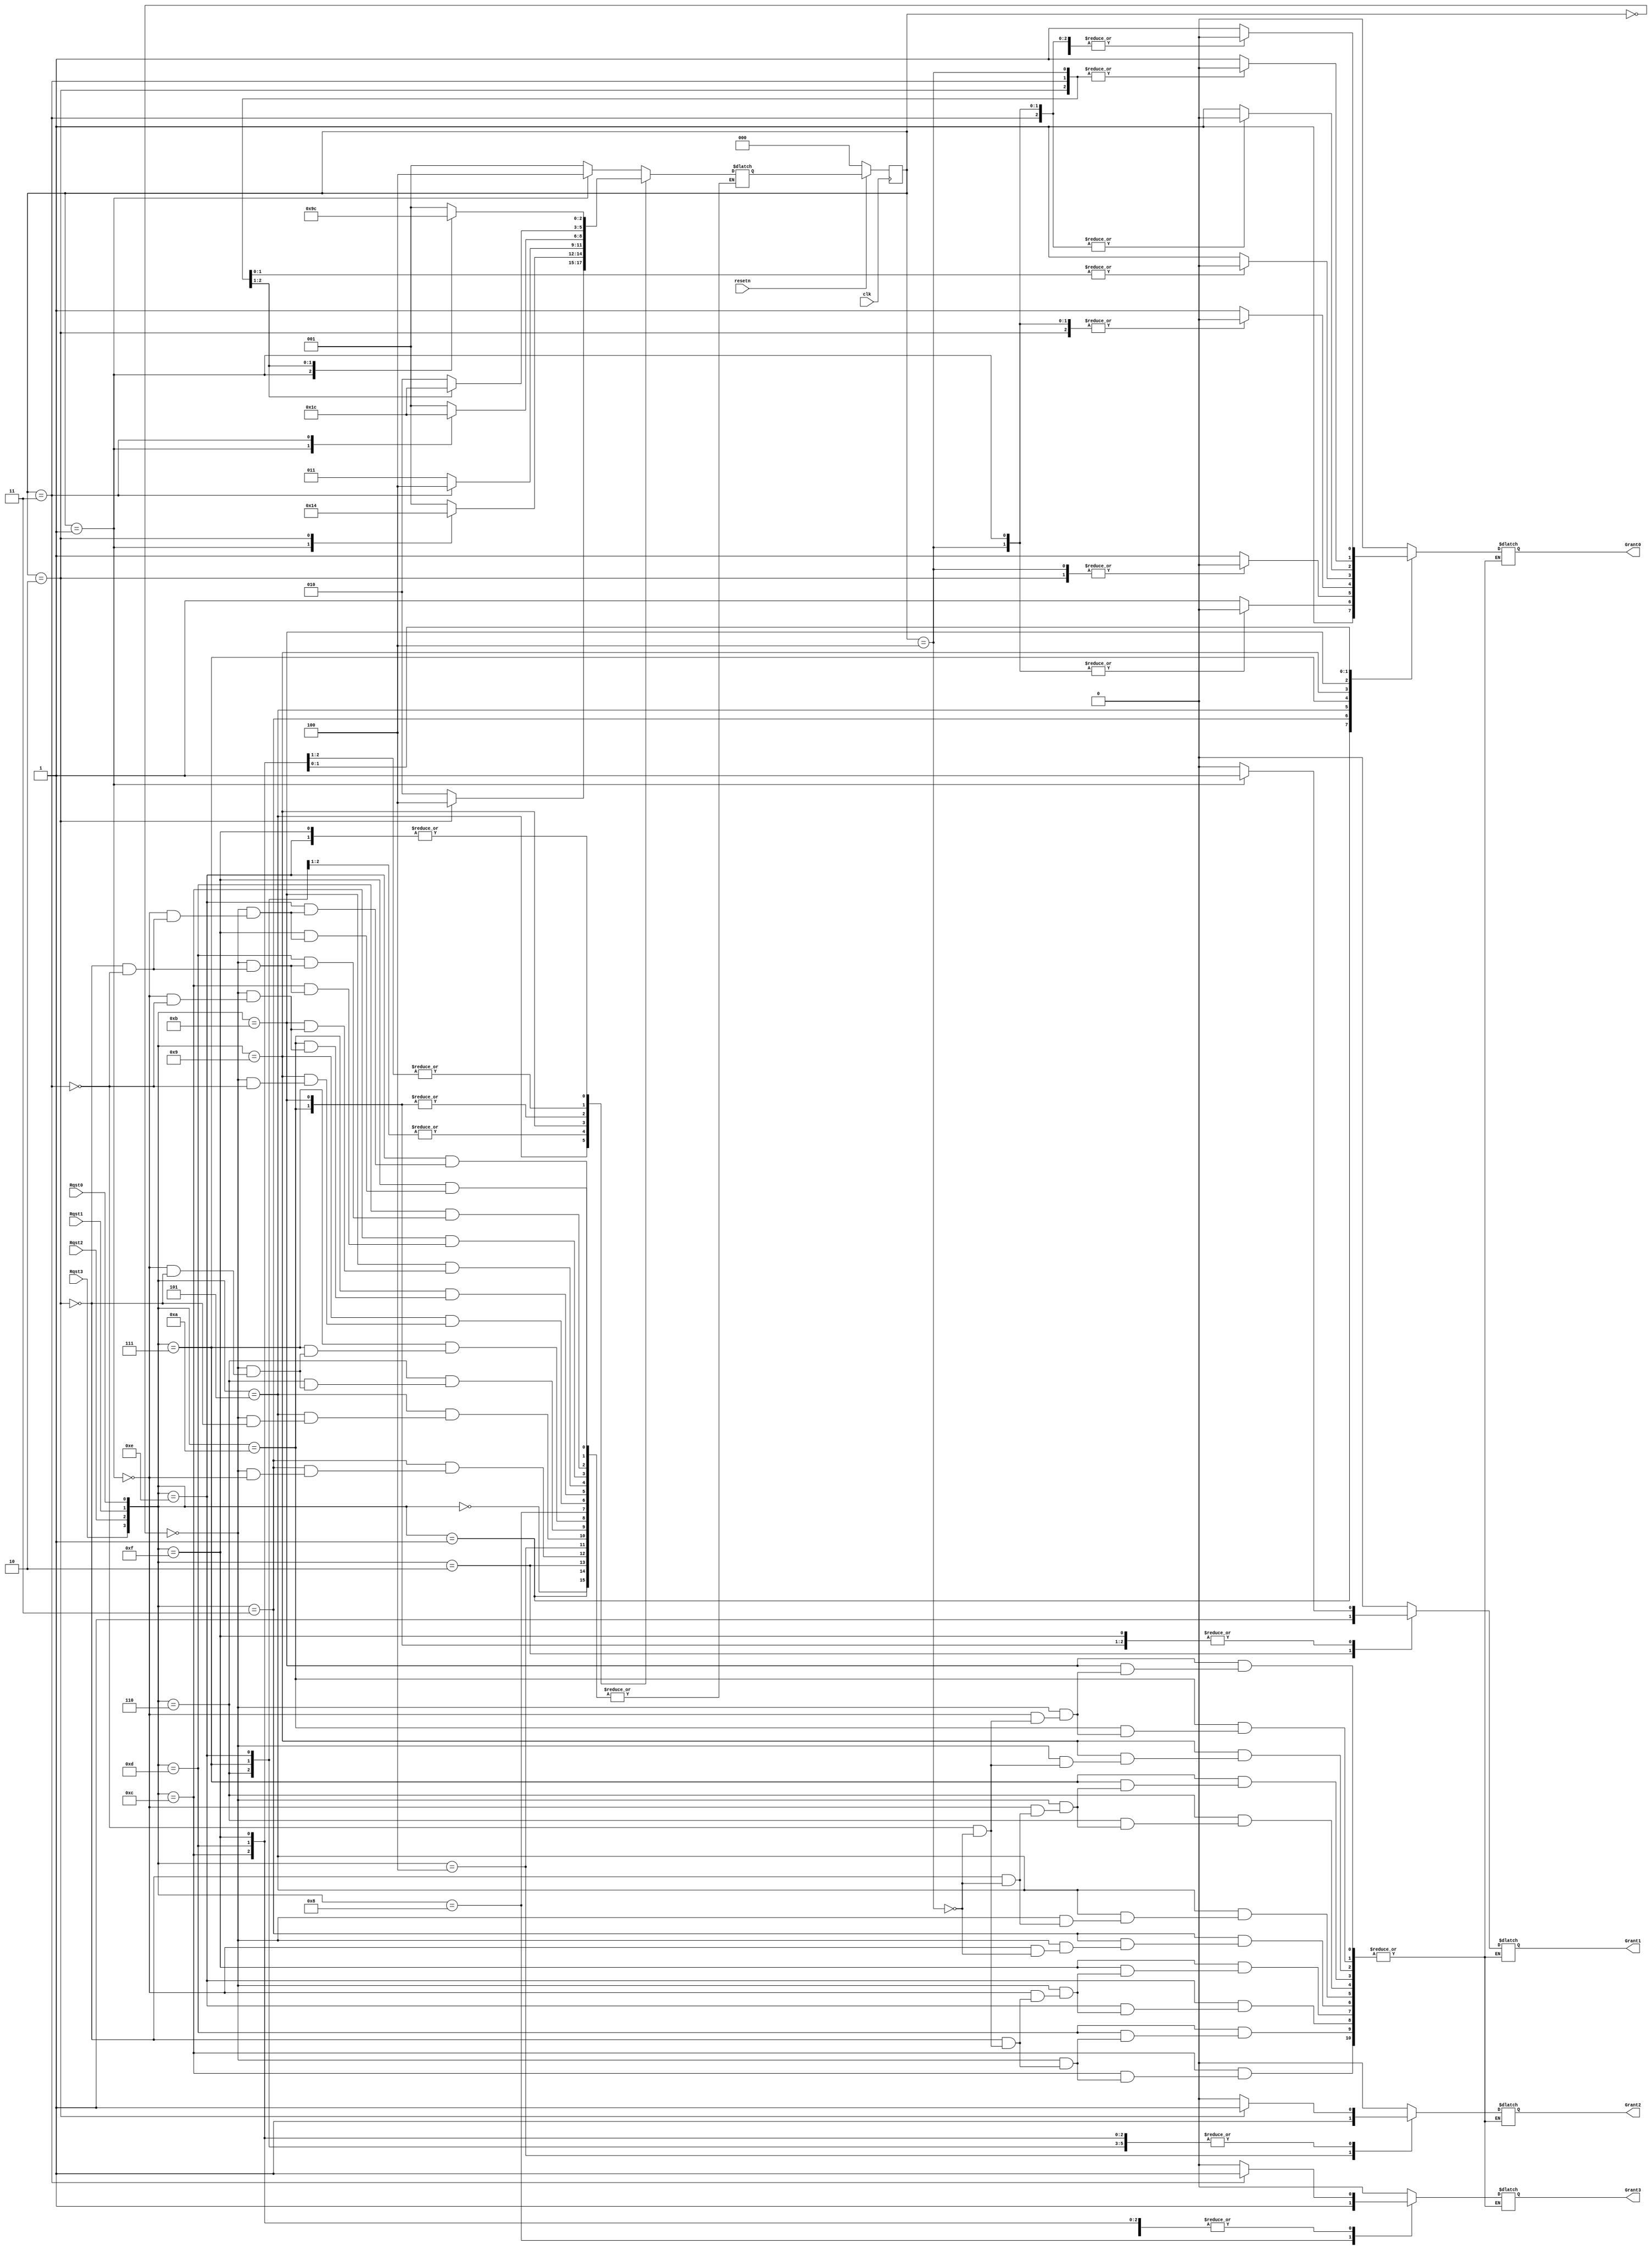
`timescale 1ns / 1ps
//////////////////////////////////////////////////////////////////////////////////
// Company: 
// Engineer: 
// 
// Design Name: 
// Module Name:    Arbiter 
// Project Name: 
// Target Devices: 
// Tool versions: 
// Description: 
//
// Dependencies: 
//
// Revision: 
// Revision 0.01 - File Created
// Additional Comments: 
//
//////////////////////////////////////////////////////////////////////////////////
module Arbiter(
input Rqst0,Rqst1,Rqst2,Rqst3,
//input [3:0]BurstT,
input clk,resetn,
output reg Grant0,Grant1,Grant2,Grant3
    );


reg [2:0]curg,nexg;
parameter one = 3'b000,two = 3'b001,three = 3'b010,four = 3'b011,burst = 3'b100;

always @(posedge clk)
begin
if(~resetn)
curg <= one;
else
curg <= nexg;
end


always @(*)
begin
case({Rqst3,Rqst2,Rqst1,Rqst0})
4'b0000:{Grant3,Grant2,Grant1,Grant0} = 4'b0000;
4'b0001:{Grant3,Grant2,Grant1,Grant0} = 4'b0001;
4'b0010:{Grant3,Grant2,Grant1,Grant0} = 4'b0010;
4'b0011:begin
			case(curg)
				one:begin {Grant3,Grant2,Grant1,Grant0} = 4'b0001;
				nexg = two;
				end
				two:begin {Grant3,Grant2,Grant1,Grant0} = 4'b0010;
				nexg = burst;
				end
			   burst:{Grant3,Grant2,Grant1,Grant0} = 4'b0000;
			endcase
		 end
4'b0100:{Grant3,Grant2,Grant1,Grant0} = 4'b0100;
4'b0101:begin
		   case(curg)
				one:begin {Grant3,Grant2,Grant1,Grant0} = 4'b0001;
				nexg = three;
				end
				three:begin {Grant3,Grant2,Grant1,Grant0} = 4'b0100;
				nexg = burst;
				end
			   burst:{Grant3,Grant2,Grant1,Grant0} = 4'b0000;
			endcase
		end
4'b0110:begin
		   case(curg)
				one:begin {Grant3,Grant2,Grant1,Grant0} = 4'b0000;
				nexg = two;
				end
				two:begin {Grant3,Grant2,Grant1,Grant0} = 4'b0010;
				nexg = three;
				end
				three:begin {Grant3,Grant2,Grant1,Grant0} = 4'b0100;
				nexg = burst;
				end
			   burst:{Grant3,Grant2,Grant1,Grant0} = 4'b0000;
			endcase
		end
4'b0111:begin
		   case(curg)
				one:begin {Grant3,Grant2,Grant1,Grant0} = 4'b0001;
				nexg = two;
				end
				two:begin {Grant3,Grant2,Grant1,Grant0} = 4'b0010;
				nexg = three;
				end
				three:begin {Grant3,Grant2,Grant1,Grant0} = 4'b0100;
				nexg = burst;
				end
			   burst:{Grant3,Grant2,Grant1,Grant0} = 4'b0000;
			endcase
		end
4'b1000:{Grant3,Grant2,Grant1,Grant0} = 4'b1000;
4'b1001: begin
		   case(curg)
				one:begin {Grant3,Grant2,Grant1,Grant0} = 4'b0001;
				nexg = four;
				end
				four:begin {Grant3,Grant2,Grant1,Grant0} = 4'b1000;
				nexg = burst;
				end
			   burst:{Grant3,Grant2,Grant1,Grant0} = 4'b0000;
			endcase
		end
4'b1010: begin
		   case(curg)
				one:begin {Grant3,Grant2,Grant1,Grant0} = 4'b0000;
				nexg = two;
				end
				two:begin {Grant3,Grant2,Grant1,Grant0} = 4'b0010;
				nexg = four;
				end
				four:begin {Grant3,Grant2,Grant1,Grant0} = 4'b1000;
				nexg = burst;
				end
			   burst:{Grant3,Grant2,Grant1,Grant0} = 4'b0000;
			endcase
		end
4'b1011: begin
		   case(curg)
				one:begin {Grant3,Grant2,Grant1,Grant0} = 4'b0001;
				nexg = two;
				end
				two:begin {Grant3,Grant2,Grant1,Grant0} = 4'b0010;
				nexg = four;
				end
				four:begin {Grant3,Grant2,Grant1,Grant0} = 4'b1000;
				nexg = burst;
				end
			   burst:{Grant3,Grant2,Grant1,Grant0} = 4'b0000;
			endcase
		end
4'b1100:begin
		   case(curg)
				one:begin {Grant3,Grant2,Grant1,Grant0} = 4'b0000;
				nexg = three;
				end
				three:begin {Grant3,Grant2,Grant1,Grant0} = 4'b0100;
				nexg = four;
				end
				four:begin {Grant3,Grant2,Grant1,Grant0} = 4'b1000;
				nexg = burst;
				end
			   burst:{Grant3,Grant2,Grant1,Grant0} = 4'b0000;
			endcase
		end
4'b1101:begin
		   case(curg)
				one:begin {Grant3,Grant2,Grant1,Grant0} = 4'b0001;
				nexg = three;
				end
				three:begin {Grant3,Grant2,Grant1,Grant0} = 4'b0100;
				nexg = four;
				end
				four:begin {Grant3,Grant2,Grant1,Grant0} = 4'b1000;
				nexg = burst;
				end
			   burst:{Grant3,Grant2,Grant1,Grant0} = 4'b0000;
			endcase
		end
4'b1110: begin
		   case(curg)
				one:begin {Grant3,Grant2,Grant1,Grant0} = 4'b0000;
				nexg = two;
				end
				two:begin {Grant3,Grant2,Grant1,Grant0} = 4'b0010;
				nexg = three;
				end
				three:begin {Grant3,Grant2,Grant1,Grant0} = 4'b0100;
				nexg = four;
				end
				four:begin {Grant3,Grant2,Grant1,Grant0} = 4'b1000;
				nexg = burst;
				end
			   burst:{Grant3,Grant2,Grant1,Grant0} = 4'b0000;
			endcase
		end
4'b1111:begin
		   case(curg)
				one:begin {Grant3,Grant2,Grant1,Grant0} = 4'b0001;
				nexg = two;
				end
				two:begin {Grant3,Grant2,Grant1,Grant0} = 4'b0010;
				nexg = three;
				end
				three:begin {Grant3,Grant2,Grant1,Grant0} = 4'b0100;
				nexg = four;
				end
				four:begin {Grant3,Grant2,Grant1,Grant0} = 4'b1000;
				nexg = burst;
				end
			   burst:{Grant3,Grant2,Grant1,Grant0} = 4'b0000;
			endcase
		end
default:begin
			nexg = one;
			{Grant3,Grant2,Grant1,Grant0} = 4'b0000;
		end
endcase
end

endmodule